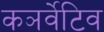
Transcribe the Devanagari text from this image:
कञर्वेटिव